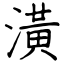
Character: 潢